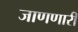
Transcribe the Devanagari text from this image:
जाणणारी